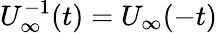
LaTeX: U_{\infty}^{-1}(t)=U_{\infty}(-t)